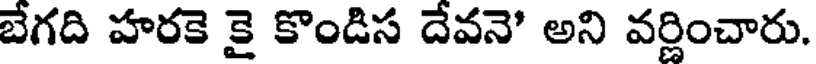
బేగది హరకె కై కొండిస దేవనె' అని వర్ణించారు.